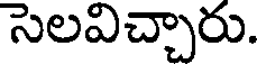
సెలవిచ్చారు.